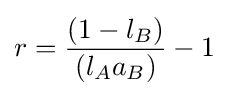
r={(1-l_{B}) \over (l_{A}a_{B})}-1